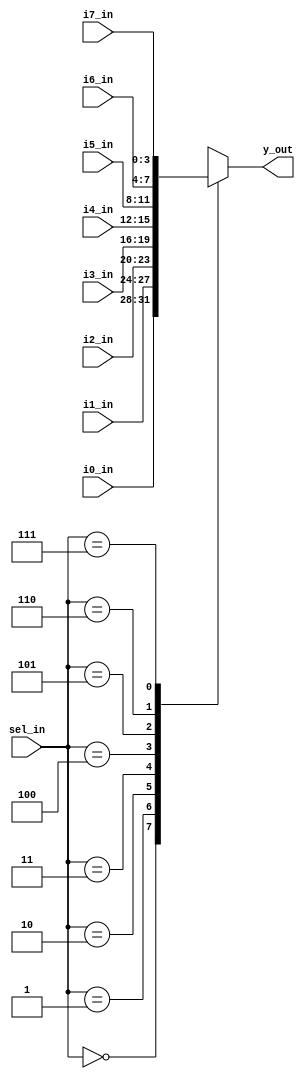
module mux8(y_out,i0_in,i1_in,i2_in,i3_in,i4_in,i5_in,i6_in,i7_in,sel_in);
parameter BUS_WIDTH = 4;

output [BUS_WIDTH-1 : 0] y_out;
input [BUS_WIDTH-1 : 0] i0_in;
input [BUS_WIDTH-1 : 0] i1_in;
input [BUS_WIDTH-1 : 0] i2_in;
input [BUS_WIDTH-1 : 0] i3_in;
input [BUS_WIDTH-1 : 0] i4_in;
input [BUS_WIDTH-1 : 0] i5_in;
input [BUS_WIDTH-1 : 0] i6_in;
input [BUS_WIDTH-1 : 0] i7_in; 	
input [2:0] sel_in;

reg [BUS_WIDTH-1 : 0] y_out;
wire [BUS_WIDTH-1 : 0] i0_in;
wire [BUS_WIDTH-1 : 0] i1_in;
wire [BUS_WIDTH-1 : 0] i2_in;
wire [BUS_WIDTH-1 : 0] i3_in;
wire [BUS_WIDTH-1 : 0] i4_in;
wire [BUS_WIDTH-1 : 0] i5_in;
wire [BUS_WIDTH-1 : 0] i6_in;
wire [BUS_WIDTH-1 : 0] i7_in;
wire [2:0] sel_in;

always @(*)
begin
	case (sel_in)
		3'b000 : y_out <= i0_in;
		3'b001 : y_out <= i1_in;
		3'b010 : y_out <= i2_in;
		3'b011 : y_out <= i3_in;
		3'b100 : y_out <= i4_in;
		3'b101 : y_out <= i5_in;
		3'b110 : y_out <= i6_in;
		3'b111 : y_out <= i7_in;
	endcase
end
endmodule